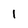
Character: 1